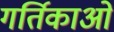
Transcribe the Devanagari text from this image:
गर्तिकाओं